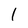
Character: l